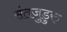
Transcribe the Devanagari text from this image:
संतजुडुरु